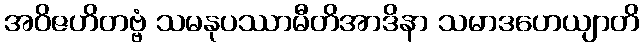
အဝိဇဟိတဗ္ဗံ သမနုပဿာမီတိအာဒိနာ သမာဒဟေယျာတိ